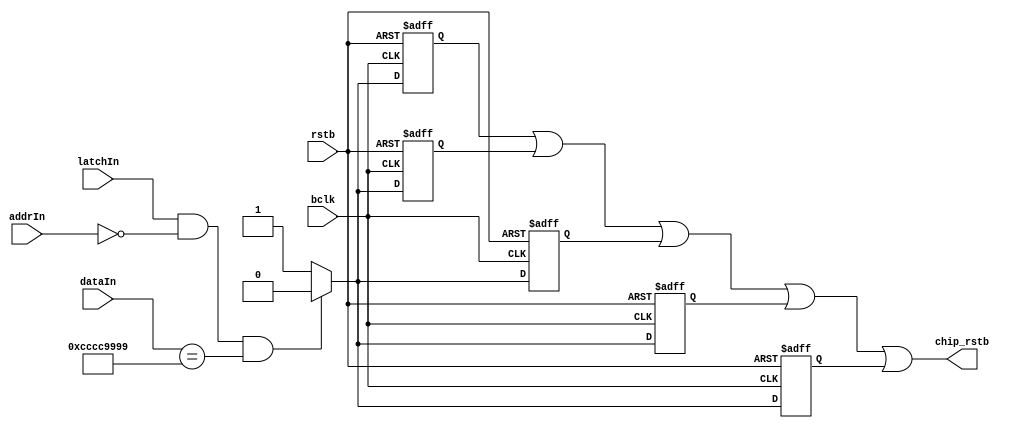
`default_nettype none
`timescale 1ns/1ps

  /*
   * Resets the chip if 0xCCCC9999 is written to this register
   */
  
module mon_reg32rst #(
		      parameter REG_ADDR = 8'b0,
		      parameter MAGIC = 32'hCCCC9999
		      ) (
			 output wire chip_rstb,
			 
			 input wire bclk,
			 input wire [31:0] dataIn,
			 input wire [7:0] addrIn,
			 input wire latchIn,
			 input wire rstb
			 ); 


   wire chip;
   
   
   assign chip = (latchIn == 1'b1) && (addrIn == REG_ADDR) && 
		 (dataIn == MAGIC);
   

   reg  SRa, SRb, SRc, SRd, SRe;   // Negative logic!
   
   always @(negedge bclk, negedge rstb)
     if ( rstb == 1'b0 )
       SRa <= 1'b1;
     else if ( chip == 1'b1 )
       SRa <= 1'b0;
     else
       SRa <= 1'b1;

   always @(negedge bclk, negedge rstb)
     if ( rstb == 1'b0 )
       SRb <= 1'b1;
     else if ( chip == 1'b1 )
       SRb <= 1'b0;
     else
       SRb <= 1'b1;

   always @(negedge bclk, negedge rstb)
     if ( rstb == 1'b0 )
       SRc <= 1'b1;
     else if ( chip == 1'b1 )
       SRc <= 1'b0;
     else
       SRc <= 1'b1;

   always @(negedge bclk, negedge rstb)
     if ( rstb == 1'b0 )
       SRd <= 1'b1;
     else if ( chip == 1'b1 )
       SRd <= 1'b0;
     else
       SRd <= 1'b1;

   always @(negedge bclk, negedge rstb)
     if ( rstb == 1'b0 )
       SRe <= 1'b1;
     else if ( chip == 1'b1 )
       SRe <= 1'b0;
     else
       SRe <= 1'b1;
	
	

   assign chip_rstb = SRa | SRb | SRc | SRd | SRe;  // Require all LOW
   
       
   
endmodule // mon_reg32rst